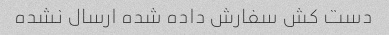
دست کش‌ سفارش داده شده ارسال نشده